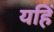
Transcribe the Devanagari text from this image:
यहिं